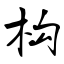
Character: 构